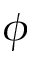
\phi